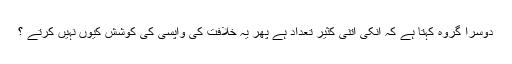
دوسرا گروہ کہتا ہے کہ انکی اتنی کثیر تعداد ہے پھر یہ خلافت کی واپسی کی کوشش کیوں نہیں کرتے ؟